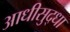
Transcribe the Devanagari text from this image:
आधीसुद्धा